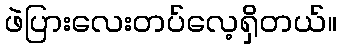
ဖဲပြားလေးတပ်လေ့ရှိတယ်။